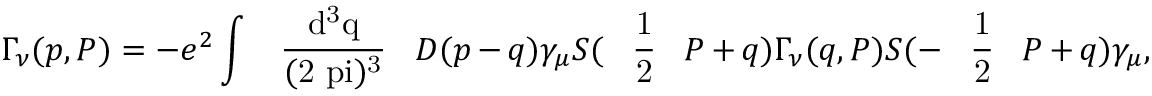
\Gamma _ { \nu } ( p , P ) = - e ^ { 2 } \int \mathrm { ~ \, ~ \frac { d ^ { 3 } q } { ( 2 \ p i ) ^ { 3 } } ~ \, ~ } D ( p - q ) \gamma _ { \mu } S ( \mathrm { ~ \, ~ \frac { 1 } { 2 } ~ \, ~ } P + q ) \Gamma _ { \nu } ( q , P ) S ( - \mathrm { ~ \, ~ \frac { 1 } { 2 } ~ \, ~ } P + q ) \gamma _ { \mu } ,